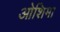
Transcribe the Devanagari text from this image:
ओशिमा